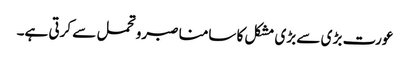
عورت بڑ ی سے بڑی مشکل کا سامنا صبرو تحمل سے کرتی ہے۔